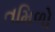
તમિળો